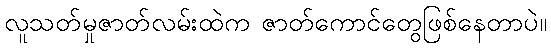
လူသတ်မှုဇာတ်လမ်းထဲက ဇာတ်ကောင်တွေဖြစ်နေတာပဲ။